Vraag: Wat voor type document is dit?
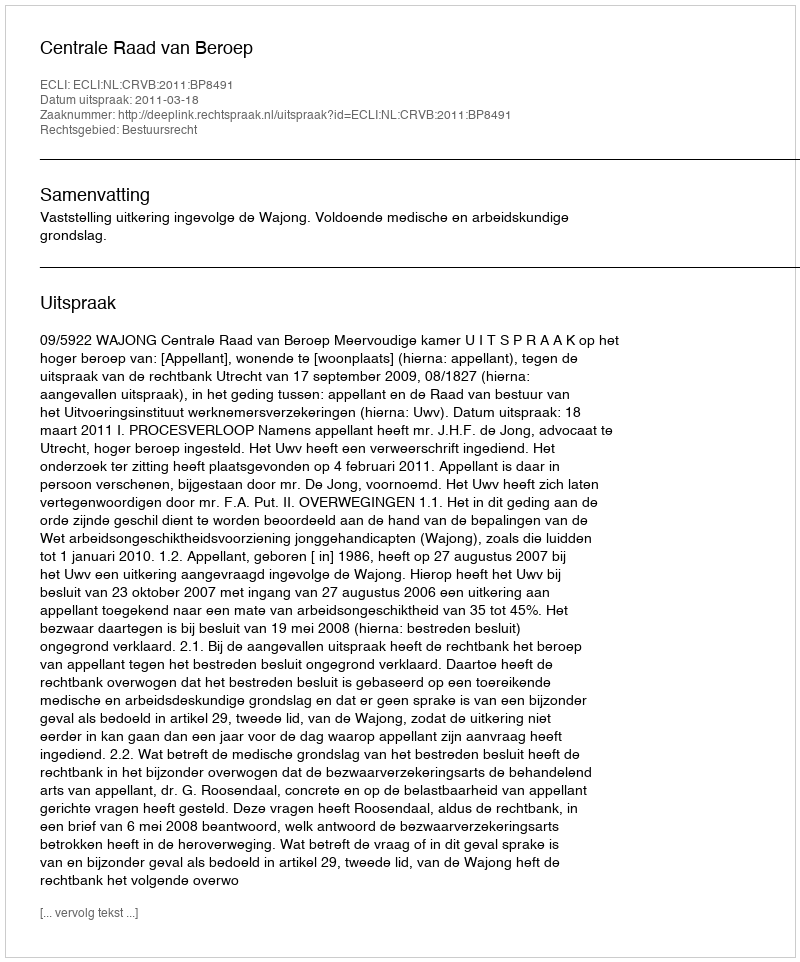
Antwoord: Uitspraak